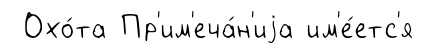
Охо́та Пр'им'еча́н'иjа им'е́етс'я